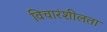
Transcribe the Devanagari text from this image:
विचारंशीलता